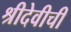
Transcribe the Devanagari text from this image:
श्रीदेवीची